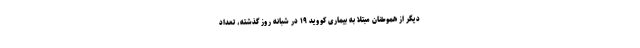
دیگر از هموطنان مبتلا به بیماری کووید ۱۹ در شبانه روز گذشته، تعداد